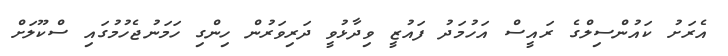
އެރަށު ކައުންސިލްގެ ރައީސް އަހުމަދު ފައުޒީ ވިދާޅުވީ ދަރިވަރުން ހިންގި ހަމަނުޖެހުމުގައި ސްކޫލަށް